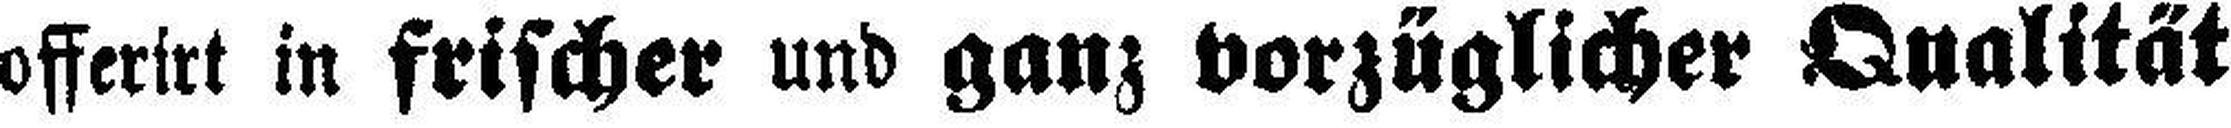
offerirt in frischer und ganz vorzüglicher Qualität